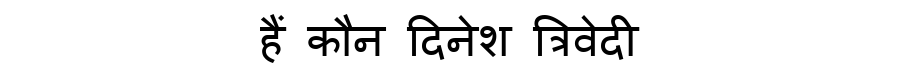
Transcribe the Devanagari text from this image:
हैं कौन दिनेश त्रिवेदी